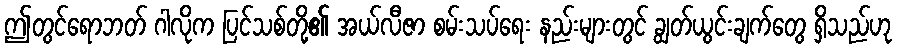
ဤတွင်ရောဘတ် ဂါလိုက ပြင်သစ်တို့၏ အယ်လီဇာ စမ်းသပ်ရေး နည်းများတွင် ချွတ်ယွင်းချက်တွေ ရှိသည်ဟု